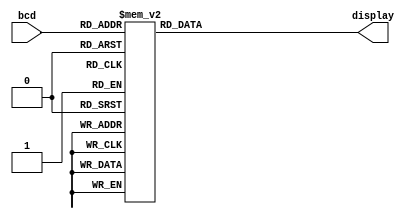
`define BCD_BIT_WIDTH 4 // BCD bit width
`define SSD_BIT_WIDTH 8 // SSD display control bit width
`define SSD_ZERO `SSD_BIT_WIDTH'b0000001_1 // 0
`define SSD_ONE `SSD_BIT_WIDTH'b1001111_1 // 1
`define SSD_TWO `SSD_BIT_WIDTH'b0010010_1 // 2
`define SSD_THREE `SSD_BIT_WIDTH'b000110_1 // 3
`define SSD_FOUR `SSD_BIT_WIDTH'b1001100_1 // 4
`define SSD_FIVE `SSD_BIT_WIDTH'b0100100_1 // 5
`define SSD_SIX `SSD_BIT_WIDTH'b0100000_1 // 6
`define SSD_SEVEN `SSD_BIT_WIDTH'b0001111_1 // 7
`define SSD_EIGHT `SSD_BIT_WIDTH'b0000000_1 // 8
`define SSD_NINE `SSD_BIT_WIDTH'b0001100_1 // 9
`define SSD_DEF `SSD_BIT_WIDTH'b0000000_0 // default

module ssd(
display, // SSD display output
bcd // BCD input
);
output [0:`SSD_BIT_WIDTH-1] display; // SSD display output
input [`BCD_BIT_WIDTH-1:0] bcd; // BCD input
reg [0:`SSD_BIT_WIDTH-1] display; // SSD display output (in always)
// Combinational logics: 
always @(bcd)
case (bcd)
`BCD_BIT_WIDTH'd0: display = `SSD_ZERO;
`BCD_BIT_WIDTH'd1: display = `SSD_ONE;
`BCD_BIT_WIDTH'd2: display = `SSD_TWO;
`BCD_BIT_WIDTH'd3: display = `SSD_THREE;
`BCD_BIT_WIDTH'd4: display = `SSD_FOUR;
`BCD_BIT_WIDTH'd5: display = `SSD_FIVE;
`BCD_BIT_WIDTH'd6: display = `SSD_SIX;
`BCD_BIT_WIDTH'd7: display = `SSD_SEVEN;
`BCD_BIT_WIDTH'd8: display = `SSD_EIGHT;
`BCD_BIT_WIDTH'd9: display = `SSD_NINE;
default: display = `SSD_DEF;
endcase
endmodule